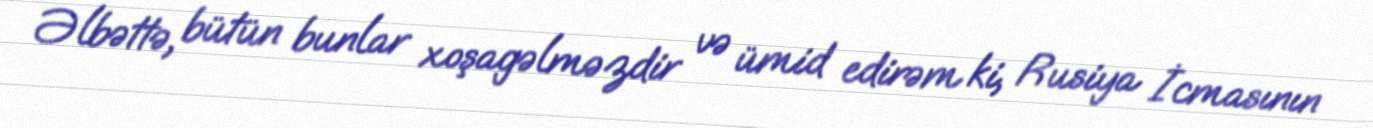
Əlbəttə, bütün bunlar xoşagəlməzdir və ümid edirəm ki, Rusiya İcmasının